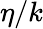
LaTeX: \eta/k